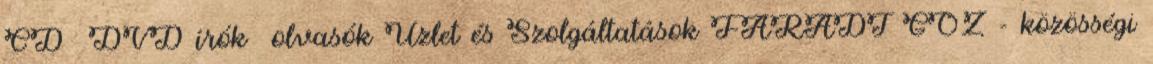
CD DVD írók olvasók Üzlet és Szolgáltatások FÁRADT GŐZ - közösségi